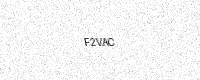
Text: F2VAC